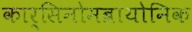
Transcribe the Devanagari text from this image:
कार्सिनोमब्रायोनिक